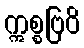
ဣစ္စဗြဝိ